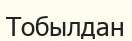
Тобылдан